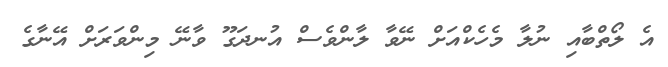
އެ ލޯތްބާއި ނުލާ މެހެކްއަށް ނޭވާ ލާންވެސް އުނދަގޫ ވާނޭ މިންވަރަށް އޭނާގެ